65_HS1-834228961_62-HQ-83894_Serial_403
Agency: FBI
Page 3
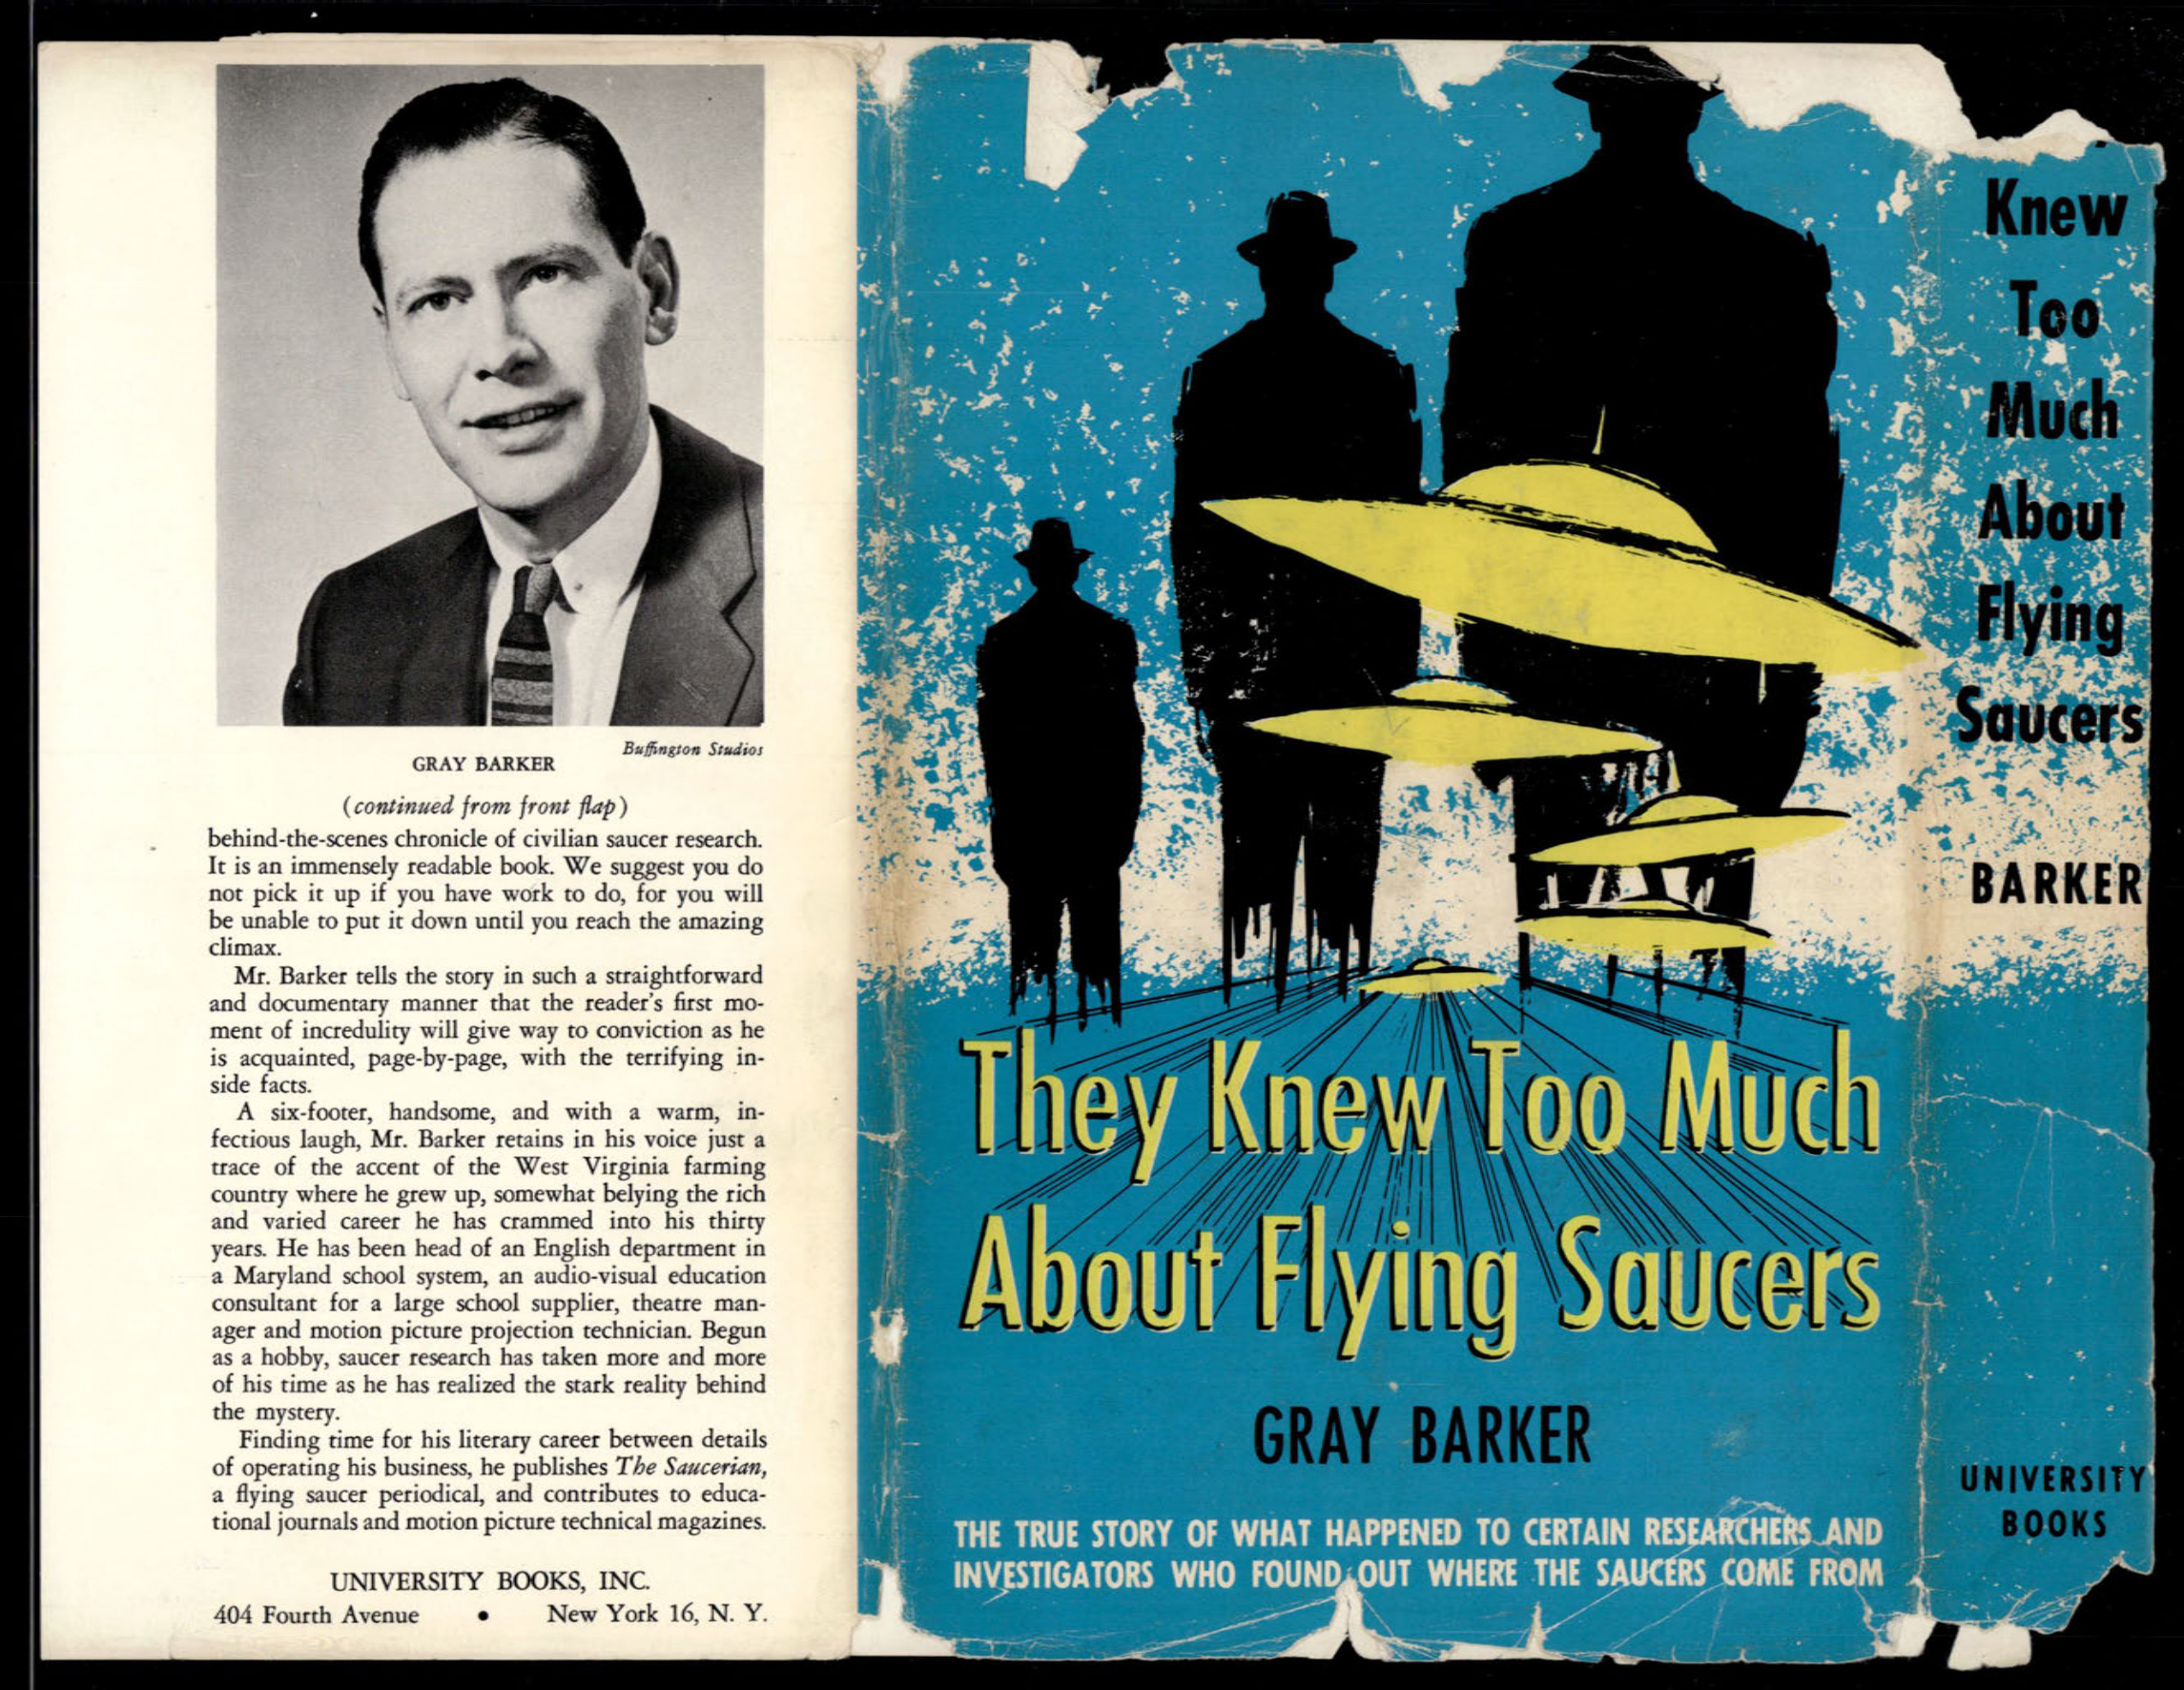